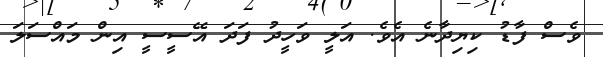
ވެސް ފާޑު ކިޔިދާނެ އެވެ. އަލީ ވަހީދު ފަދަ އޭސީސީ އިން މައްސަލަ